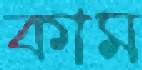
কাম